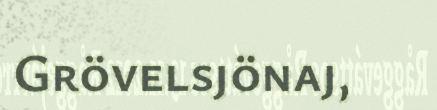
Grövelsjönaj,